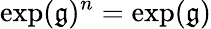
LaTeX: \exp({\mathfrak{g}})^{n}=\exp({\mathfrak{g}})